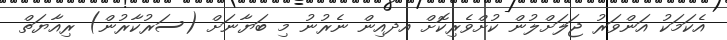
އެކަމަކު އަންވަރު ޖަލަށްލުން ކުށްވެރިކޮށް އދއިން ނެރުނު މި ބަޔާނަށް (ސަރުކާރުން) ރިއާޔަތް